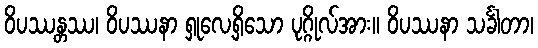
ဝိပဿန္တဿ၊ ဝိပဿနာ ရှုလေ့ရှိသော ပုဂ္ဂိုလ်အား။ ဝိပဿနာ သင်္ခါတာ၊